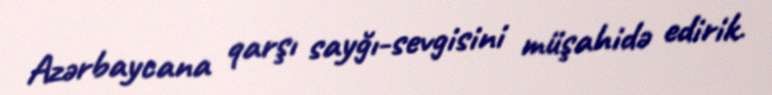
Azərbaycana qarşı sayğı-sevgisini müşahidə edirik.